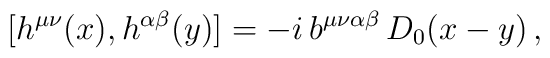
\big[ h^{\mu\nu}(x),h^{\alpha\beta}(y)\big]=-i\,b^{\mu\nu\alpha\beta}\,D_{0}(x-y)\,,